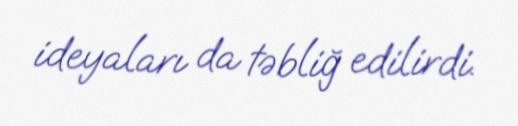
ideyaları da təbliğ edilirdi.